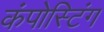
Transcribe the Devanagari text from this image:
कंपोस्टिंग